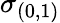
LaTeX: \sigma_{(0,1)}